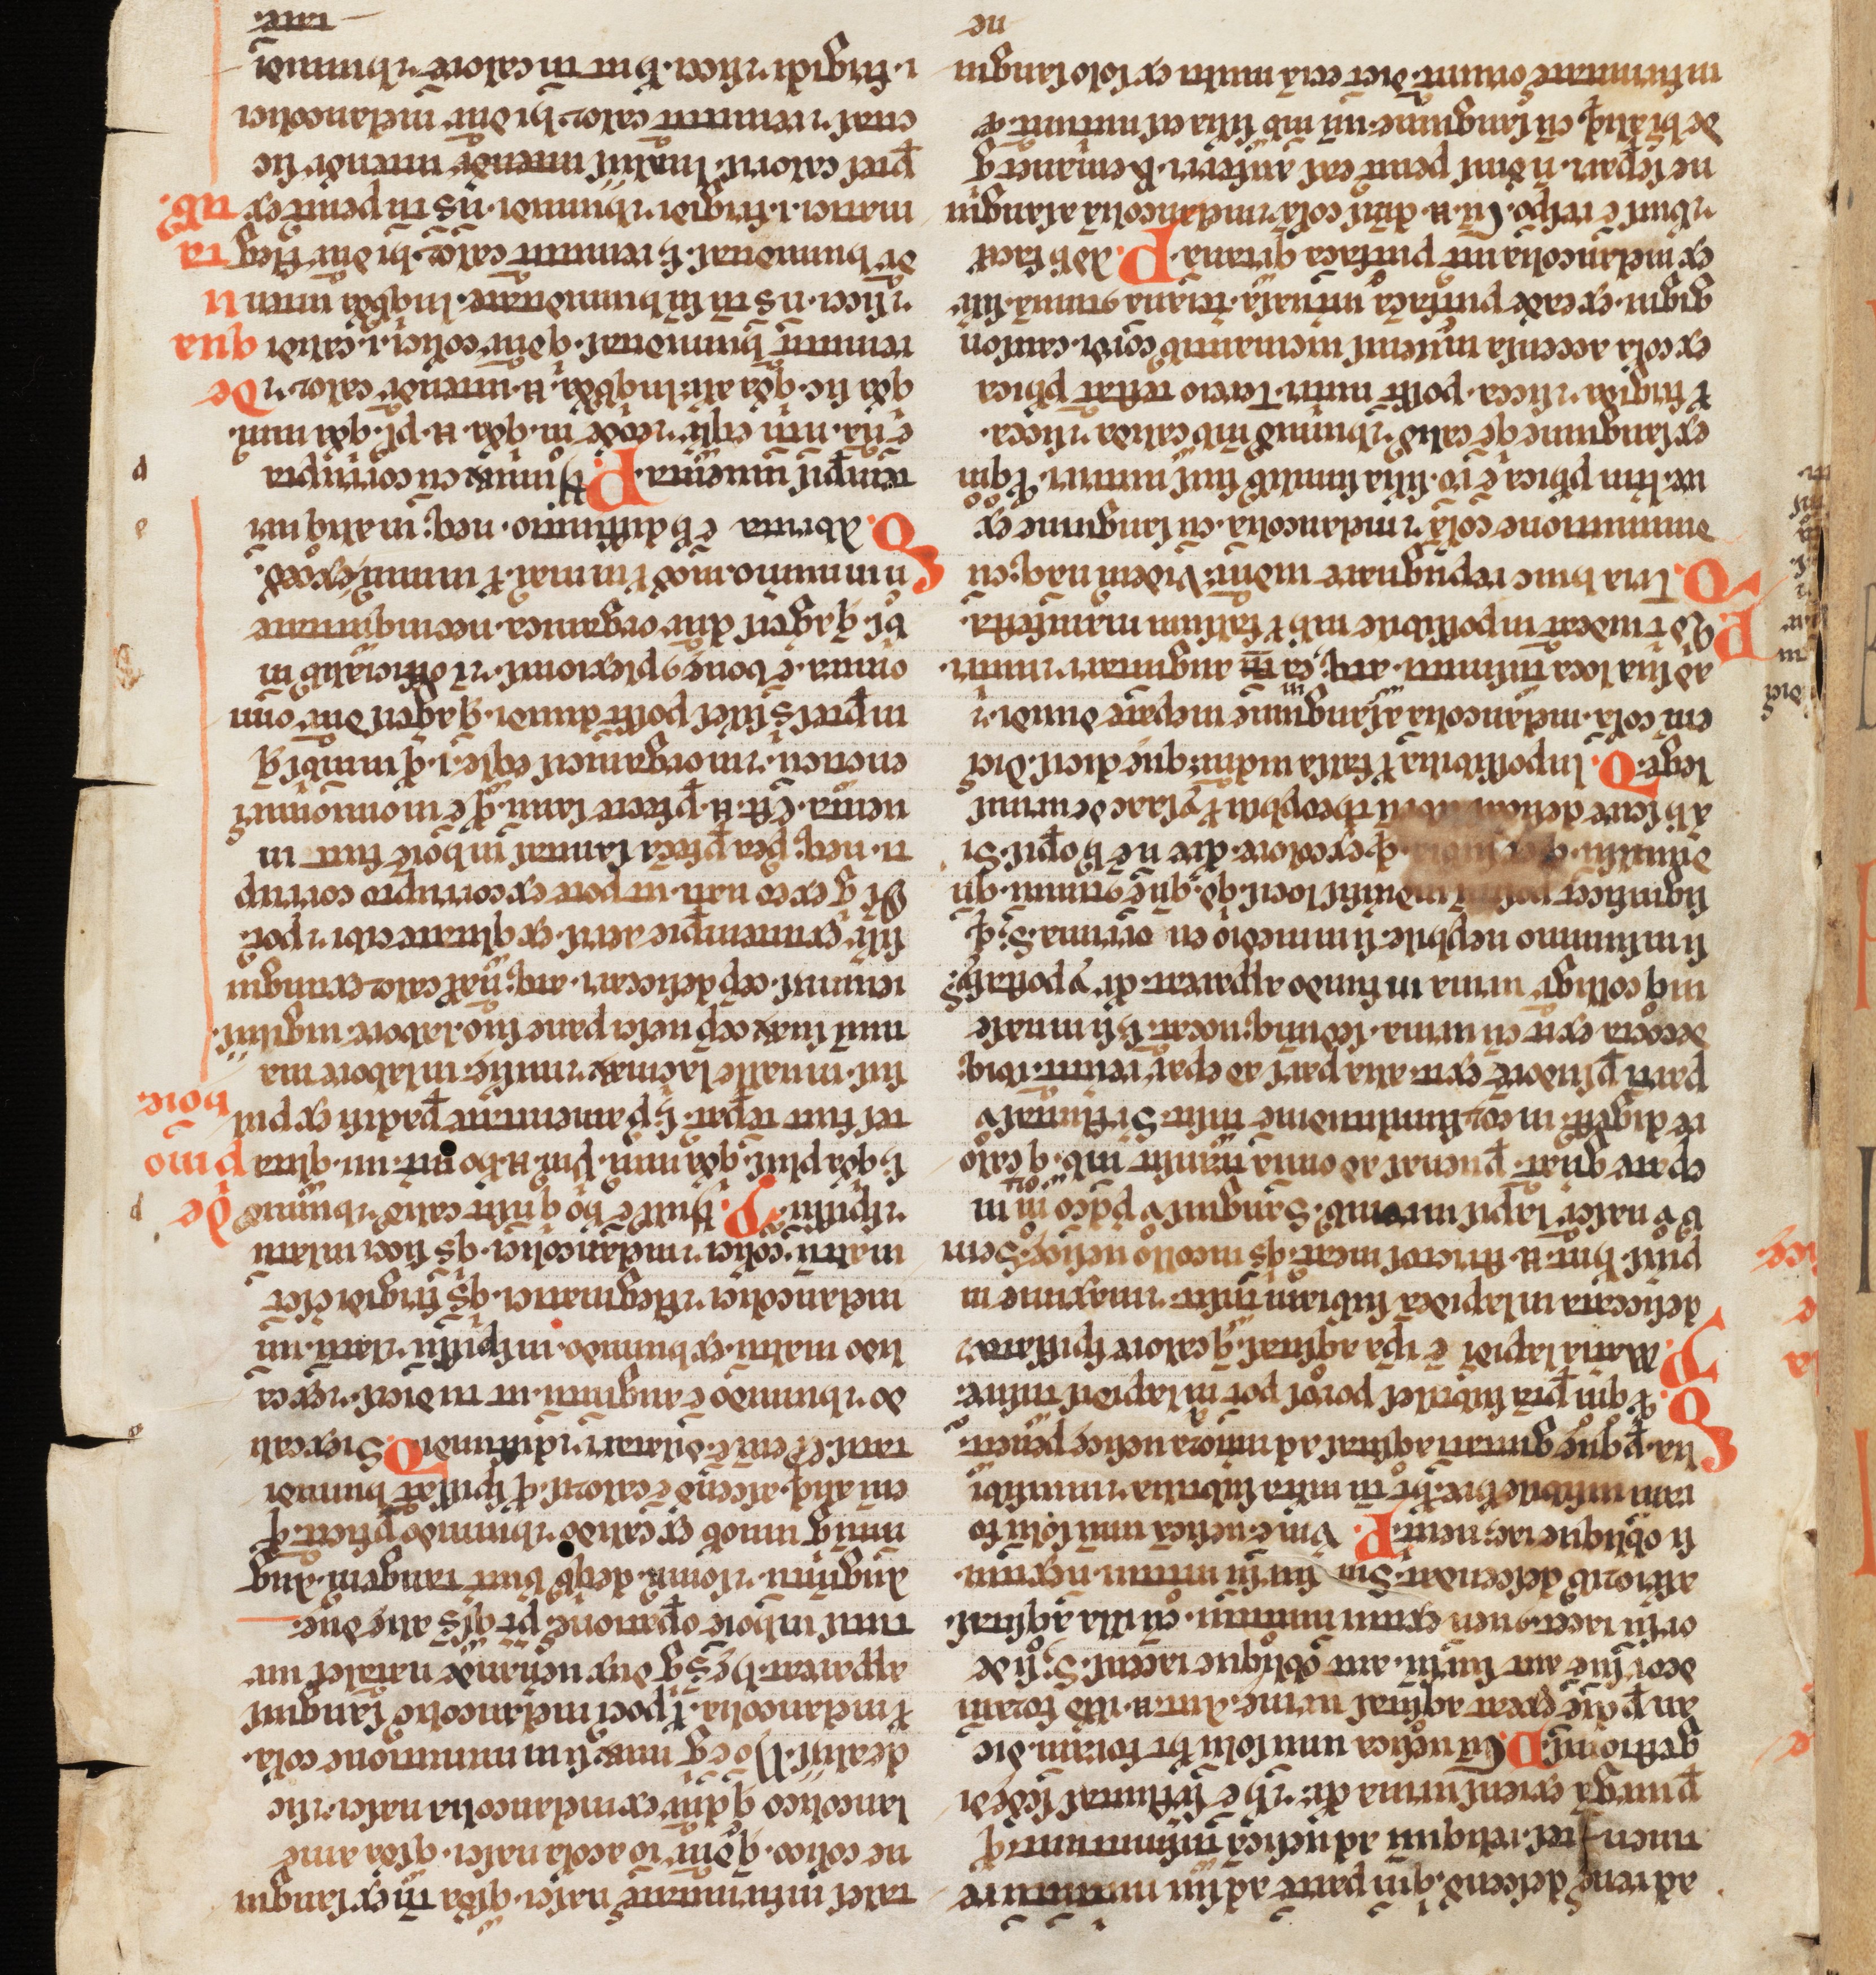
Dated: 1080–1096